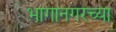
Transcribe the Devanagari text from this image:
भागानगरच्या